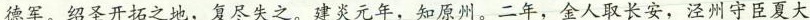
德军。绍圣开拓之地，复尽失之。建炎元年，知原州。二年，金人取长安，泾州守臣夏大